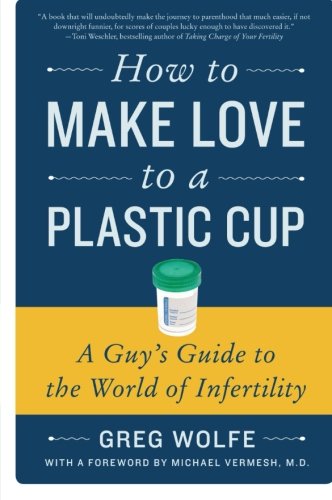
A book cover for How to Make Love to a Plastic Cup: A Guy's Guide to the World of Infertility; Greg Wolfe; Parenting & Relationships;